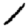
Digit: 1